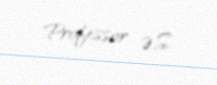
Professor Ə.S.